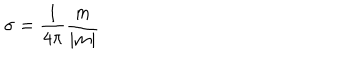
LaTeX: \sigma = \frac 1 { 4 \pi } \frac m { | m | }